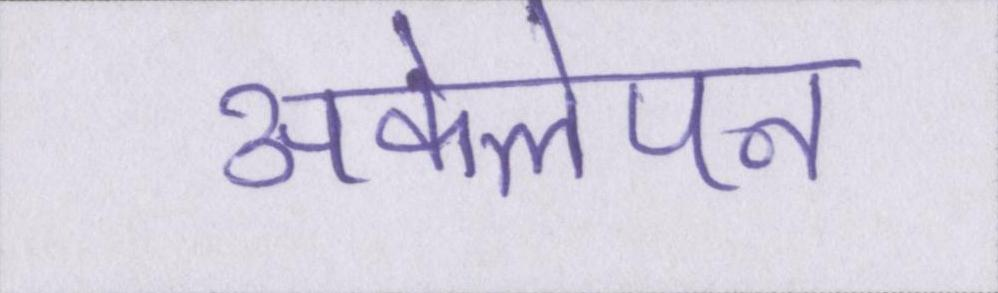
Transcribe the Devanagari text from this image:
अकेलेपन